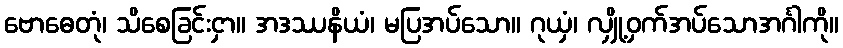
ဗောဓေတုံ၊ သိစေခြင်းငှာ။ အဒဿနိယံ၊ မပြအပ်သော။ ဂုယှံ၊ လျှို့ဝှက်အပ်သောအင်္ဂါကို။